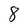
Character: 8